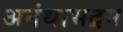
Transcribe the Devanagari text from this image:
अनंथाभद्रम